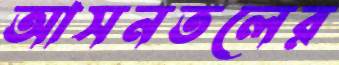
আসনতলের